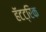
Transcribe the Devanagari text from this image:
हॅटट्रिक